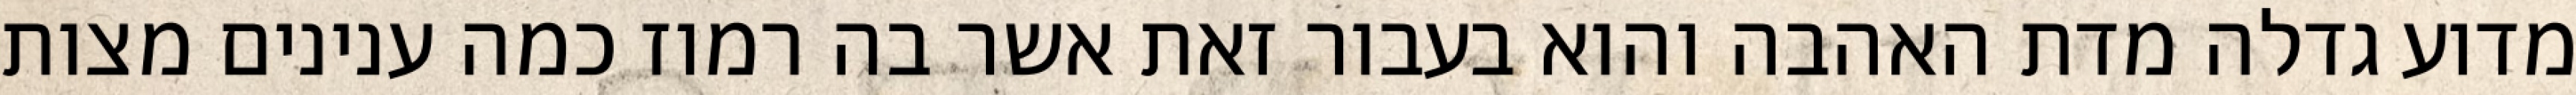
מדוע גדלה מדת האהבה והוא בעבור זאת אשר בה רמוז כמה ענינים מצות